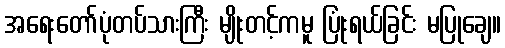
အရေးတော်ပုံတပ်သားကြီး မျိုးတင့်ကမူ ပြုံးရယ်ခြင်း မပြုချေ။